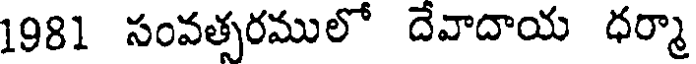
1981 సంవత్సరములో దేవాదాయ ధర్మా